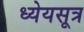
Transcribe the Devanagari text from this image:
ध्येयसूत्र